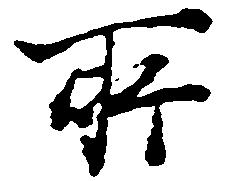
所